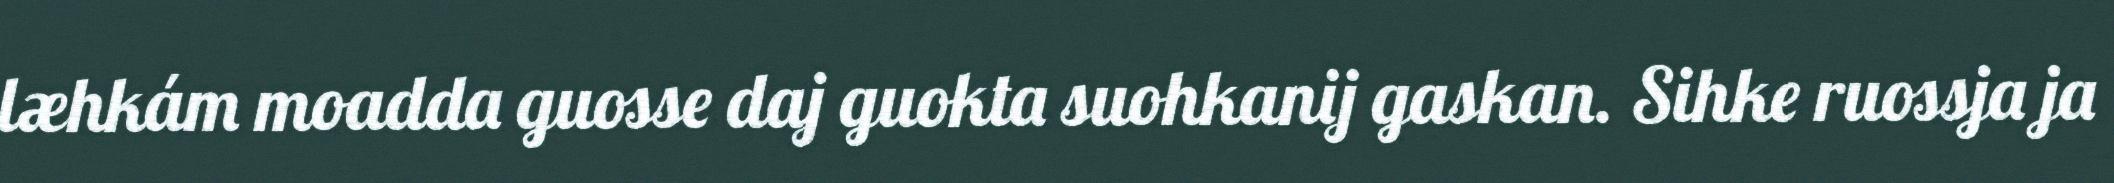
læhkám moadda guosse daj guokta suohkanij gaskan. Sihke ruossja ja